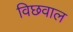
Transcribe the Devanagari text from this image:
विछवाल